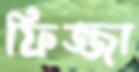
ফিজ্জা